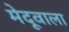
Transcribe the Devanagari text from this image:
मेदूवाला